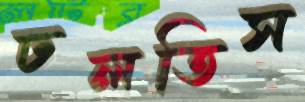
ঢলতিস